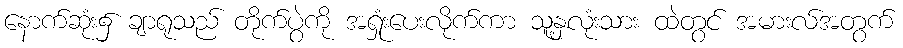
နောက်ဆုံး၌ ချာရုသည် တိုက်ပွဲကို အရှုံးပေးလိုက်ကာ သူ့နှလုံးသား ထဲတွင် အမားလ်အတွက်